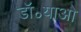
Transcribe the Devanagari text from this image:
डॉ॰याओ